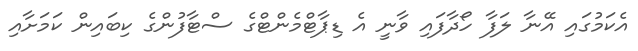
އެކަމުގައި އޭނާ ލަފާ ހޯދާފައި ވާނީ އެ ޑިޕާޓްމެންޓްގެ ސްޓާފުންގެ ކިބައިން ކަމަށާއި